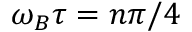
\omega _ { B } \tau = n \pi / 4